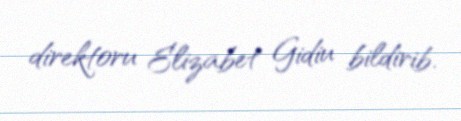
direktoru Elizabet Gidiu bildirib.